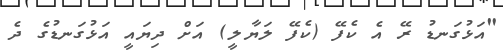
"އަޅުގަނޑު ރޭ އެ ކެފޭ (ކެފޭ ލަޔާލީ) އަށް ދިޔައީ އަޅުގަނޑުގެ ދެ